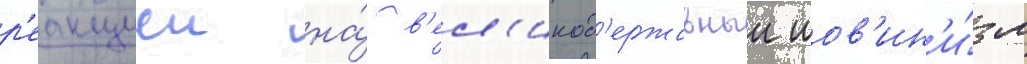
р'еакциеи на́ в'ел'икод'ержавныи шов'ин'и́зм